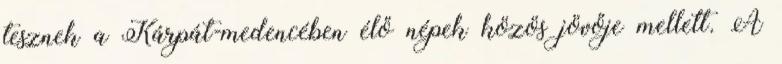
tesznek a Kárpát-medencében élő népek közös jövője mellett. A